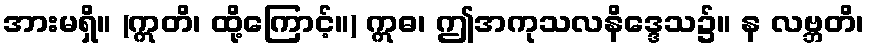
အားမရှိ။ (ဣတိ၊ ထို့ကြောင့်။) ဣဓ၊ ဤအကုသလနိဒ္ဒေသ၌။ န လဗ္ဘတိ၊